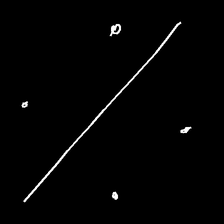
Glyph: cool